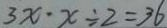
3 x \cdot x \div 2 = 3 6